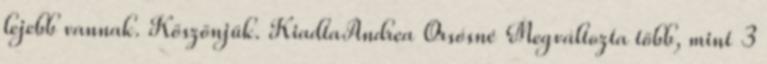
lejebb vannak. Köszönjük. KiadtaAndrea Orsósné Megváltozta több, mint 3